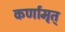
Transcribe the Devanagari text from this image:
कर्णामृत्